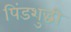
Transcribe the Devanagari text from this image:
पिंडशुद्धी